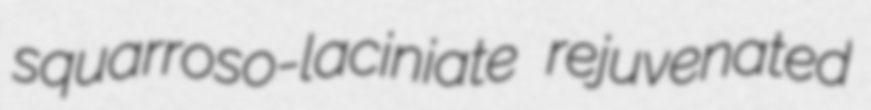
squarroso-laciniate rejuvenated